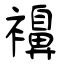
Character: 襣